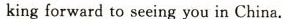
kingforward to seeing you in China.